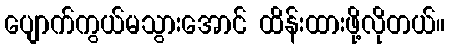
ပျောက်ကွယ်မသွားအောင် ထိန်းထားဖို့လိုတယ်။